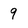
Character: 9